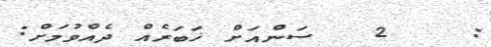
:    2   ސަންއަށް ޚަބަރެއް ދެއްވުމަށް: